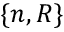
\{ n , R \}